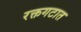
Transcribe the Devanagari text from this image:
रक्तगटात